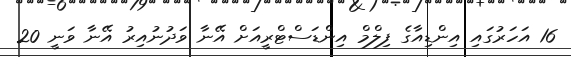
16 އަހަރުގައި އިންޑިއާގެ ފިލްމް އިންޑަސްޓްރީއަށް އޭނާ ވަދުނުއިރު އޭނާ ވަނީ 20